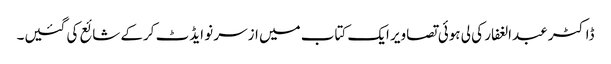
ڈاکٹر عبدالغفار کی لی ہوئی تصاویر ایک کتاب میں ازسر نو ایڈٹ کرکے شائع کی گئیں۔